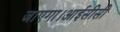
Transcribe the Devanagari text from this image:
जाएगा।आईसीसी